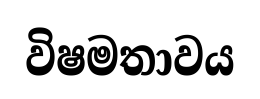
විෂමතාවය